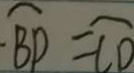
\widehat { B D } = \widehat { C D }